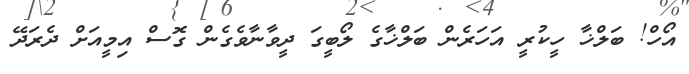
އޯހް! ބަލްޚާ ހީކުރީ އަހަރެން ބަލްޚާގެ ލޯބީގަ ދީވާނާވެގެން ގޮސް އިމީއަށް ދެރަދޭ